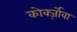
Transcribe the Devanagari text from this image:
कोर्क्ज़ोवा